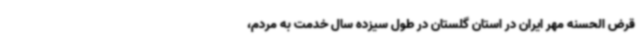
قرض الحسنه مهر ایران در استان گلستان در طول سیزده سال خدمت به مردم،